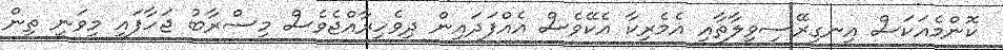
ކޮންމެއަކަސް އިނގިރޭސިވިލާތާއި އެމެރިކާ އެކޭވެސް އެއްފަދައިން ދިވެހިރާއްޖެވެސް މިސްރާބު ޖަހާފައި މިވަނީ ތިން